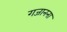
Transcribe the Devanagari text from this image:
गजानना